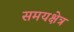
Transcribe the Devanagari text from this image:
समयक्षेत्र